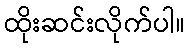
ထိုးဆင်းလိုက်ပါ။